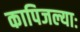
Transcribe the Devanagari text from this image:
कापिजल्याः